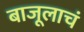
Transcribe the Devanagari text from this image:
बाजूलाचं